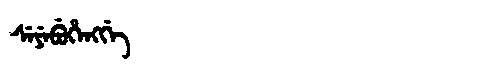
Manchu: ᠰᡝᠶᡝᠪᡠᡥᡝᠩᡤᡝ
Romanization: SEYEBUHENGGE